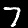
Digit: 7